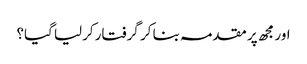
اور مجھ پر مقدمہ بنا کر گرفتار کرلیا گیا؟